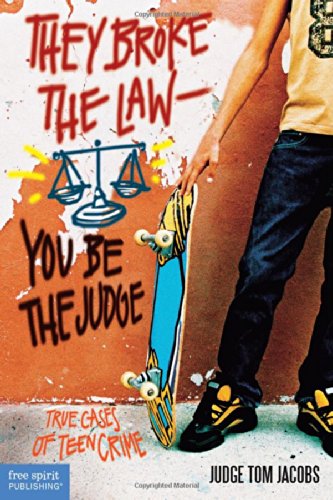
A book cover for They Broke the LawEEYou Be the Judge: True Cases of Teen Crime; Thomas A. Jacobs; Teen & Young Adult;